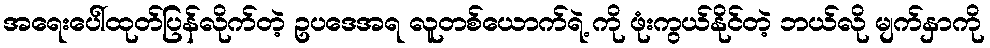
အရေးပေါ်ထုတ်ပြန်လိုက်တဲ့ ဥပဒေအရ လူတစ်ယောက်ရဲ့ ကို ဖုံးကွယ်နိုင်တဲ့ ဘယ်လို မျက်နှာကို